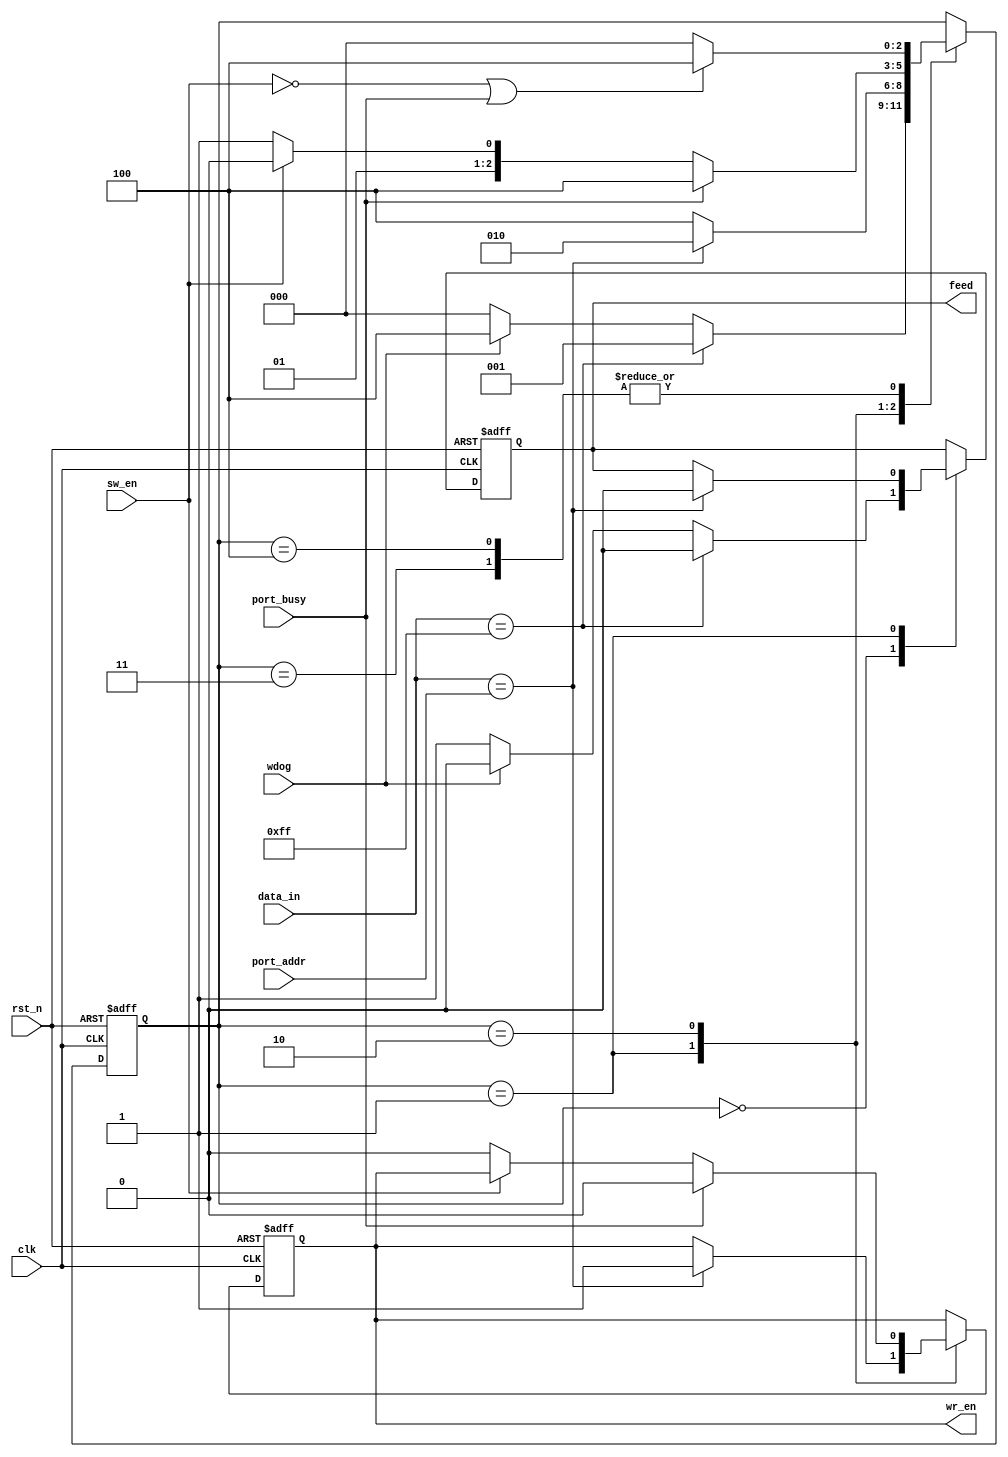
module fsm_in # (
    parameter W_WIDTH = 8
)(
    input clk, rst_n,
    input sw_en, port_busy, wdog,
    input [W_WIDTH-1:0] port_addr,
    input [W_WIDTH-1:0] data_in,
    output wr_en, feed
);

    localparam IDLE_ST = 4;
    localparam START_OF_FRAME_ST = 0;
    localparam ADDR_WAIT_ST = 1;
    localparam DATA_LOAD_ST = 2;
    localparam END_OF_FRAME_ST = 3;

    localparam SOF_BYTE = 8'hFF;

    reg wr_en_ff, wr_en_nxt;
    reg [2:0] state_ff, state_nxt;
    reg feed_wd_ff, feed_wd_nxt;

    always @(*) begin
        state_nxt = state_ff;
        wr_en_nxt = wr_en_ff;
        feed_wd_nxt = feed_wd_ff;

        case(state_ff)
            IDLE_ST: begin
                if(!sw_en || port_busy) begin
                    state_nxt = IDLE_ST;
                end 
                else begin
                    state_nxt = START_OF_FRAME_ST;
                end 
            end

            START_OF_FRAME_ST: begin
                if(data_in == SOF_BYTE) begin
                    state_nxt = ADDR_WAIT_ST;
                    feed_wd_nxt = 1'b0;
                end 
                else if(wdog) begin
                    state_nxt = IDLE_ST;
                    feed_wd_nxt = 1'b0;
                end 
                else begin
                    state_nxt = START_OF_FRAME_ST;
                    feed_wd_nxt = 1'b1;
                end 
            end 

            ADDR_WAIT_ST : begin
                if(data_in == port_addr) begin
                    state_nxt = DATA_LOAD_ST;
                    wr_en_nxt = 1'b1;
                    feed_wd_nxt = 1'b0;
                end 
                else begin
                    state_nxt = IDLE_ST;
                end
            end 

            DATA_LOAD_ST : begin
                if(port_busy) begin
                    state_nxt = IDLE_ST;
                    wr_en_nxt = 1'b0;
                end 
                else if(!sw_en) begin
                    wr_en_nxt = 1'b0;
                    state_nxt = END_OF_FRAME_ST;
                end 
                else begin
                    state_nxt = DATA_LOAD_ST;
                end 
            end 

            //PARITY byte is included now in the payload

            END_OF_FRAME_ST : begin
                if(!sw_en || port_busy) begin
                    state_nxt = IDLE_ST;
                end 
                else begin
                    state_nxt = START_OF_FRAME_ST;
                end 
            end 
        endcase
    end

    always @(posedge clk or negedge rst_n) begin
        if(!rst_n) begin
            state_ff <= IDLE_ST;
            wr_en_ff <= 1'b0;
            feed_wd_ff <= 1'b0;
        end 
        else begin
            state_ff <= state_nxt;
            wr_en_ff <= wr_en_nxt;
            feed_wd_ff <= feed_wd_nxt;
        end 
    end

    assign wr_en = wr_en_ff;
    assign feed = feed_wd_ff;
endmodule